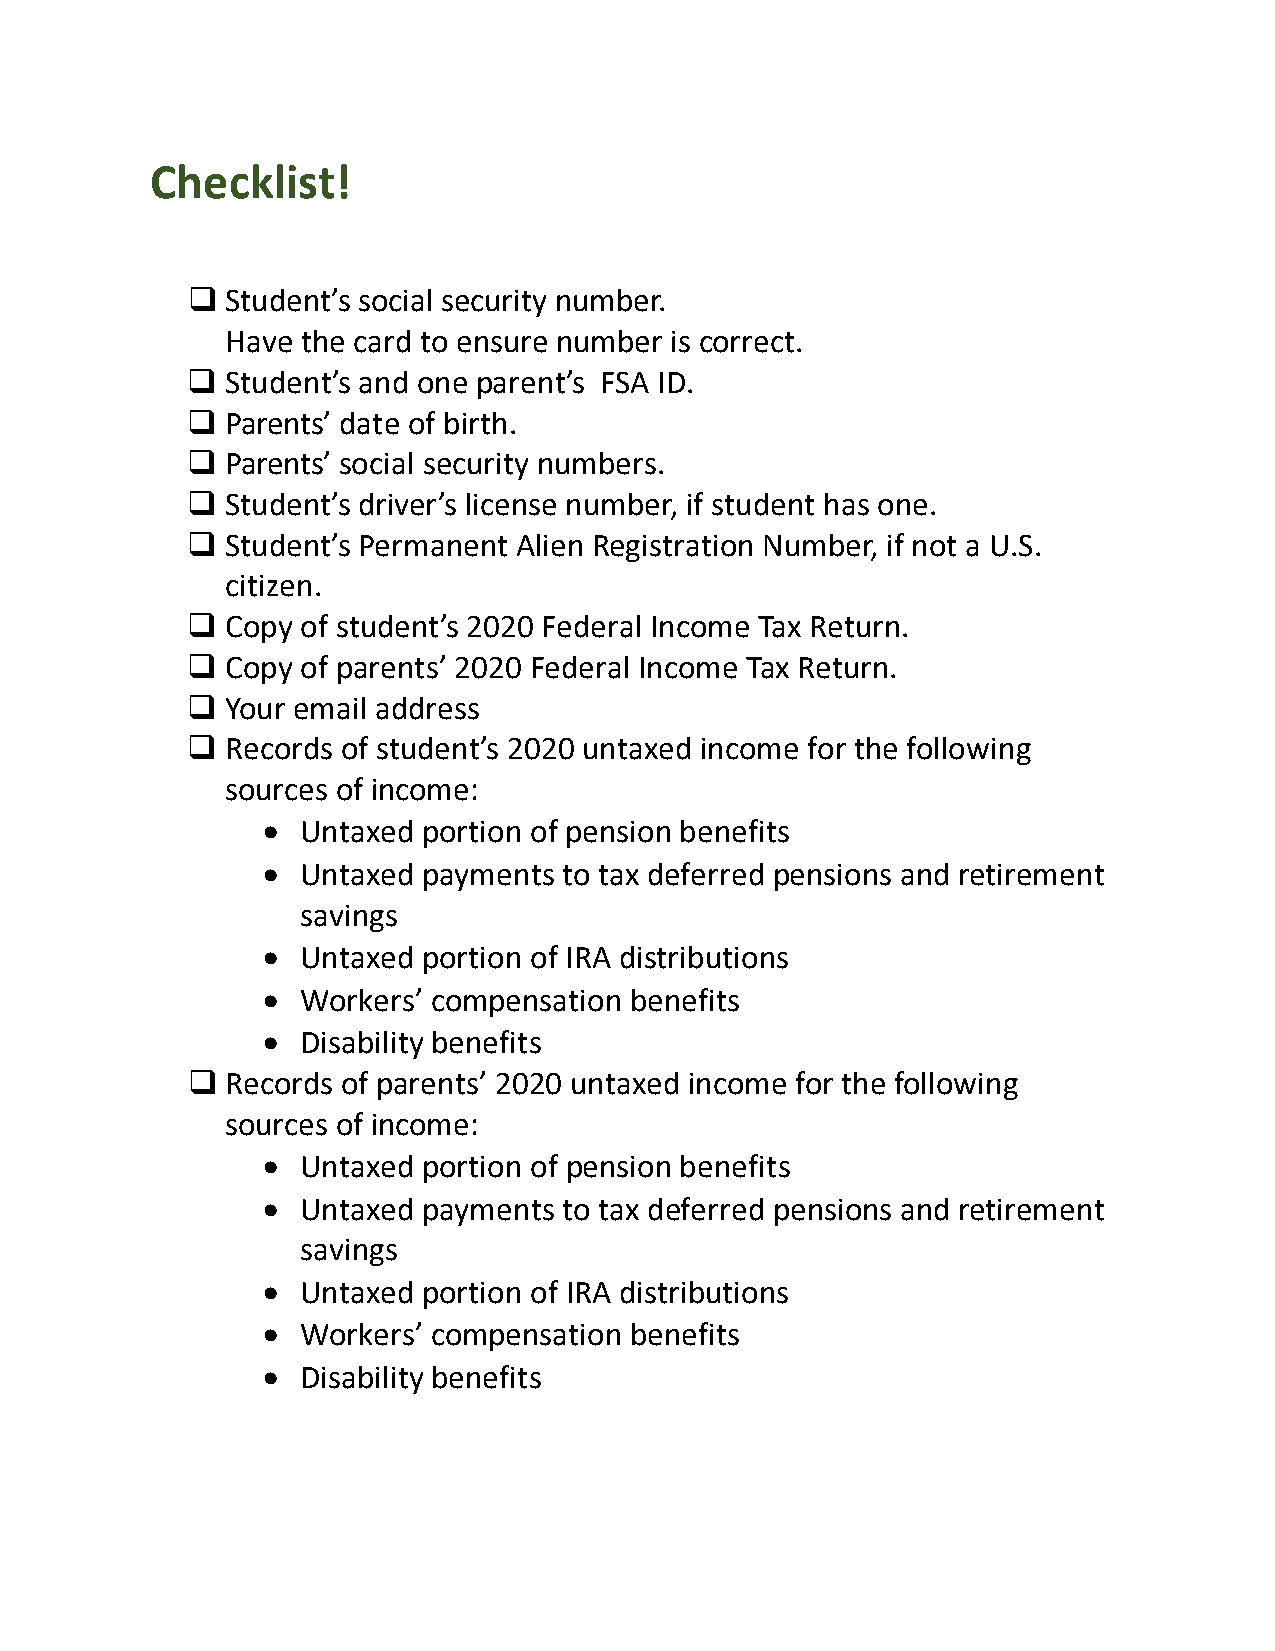
Checklist!
   Student’s social security number.
 Have the card to ensure number is correct.
   Student’s and one parent’s FSA ID.
   Parents’ date of birth.
   Parents’ social security numbers.
   Student’s driver’s license number, if student has one.
   Student’s Permanent Alien Registration Number, if not a U.S.
 citizen.
   Copy of student’s 2020 Federal Income Tax Return.
   Copy of parents’ 2020 Federal Income Tax Return.
   Your email address
   Records of student’s 2020 untaxed income for the following
 sources of income:
 •  Untaxed portion of pension benefits
 •  Untaxed payments to tax deferred pensions and retirement
 savings
 •  Untaxed portion of IRA distributions
 •  Workers’ compensation benefits
 •  Disability benefits
   Records of parents’ 2020 untaxed income for the following
 sources of income:
 •  Untaxed portion of pension benefits
 •  Untaxed payments to tax deferred pensions and retirement
 savings
 •  Untaxed portion of IRA distributions
 •  Workers’ compensation benefits
 •  Disability benefits